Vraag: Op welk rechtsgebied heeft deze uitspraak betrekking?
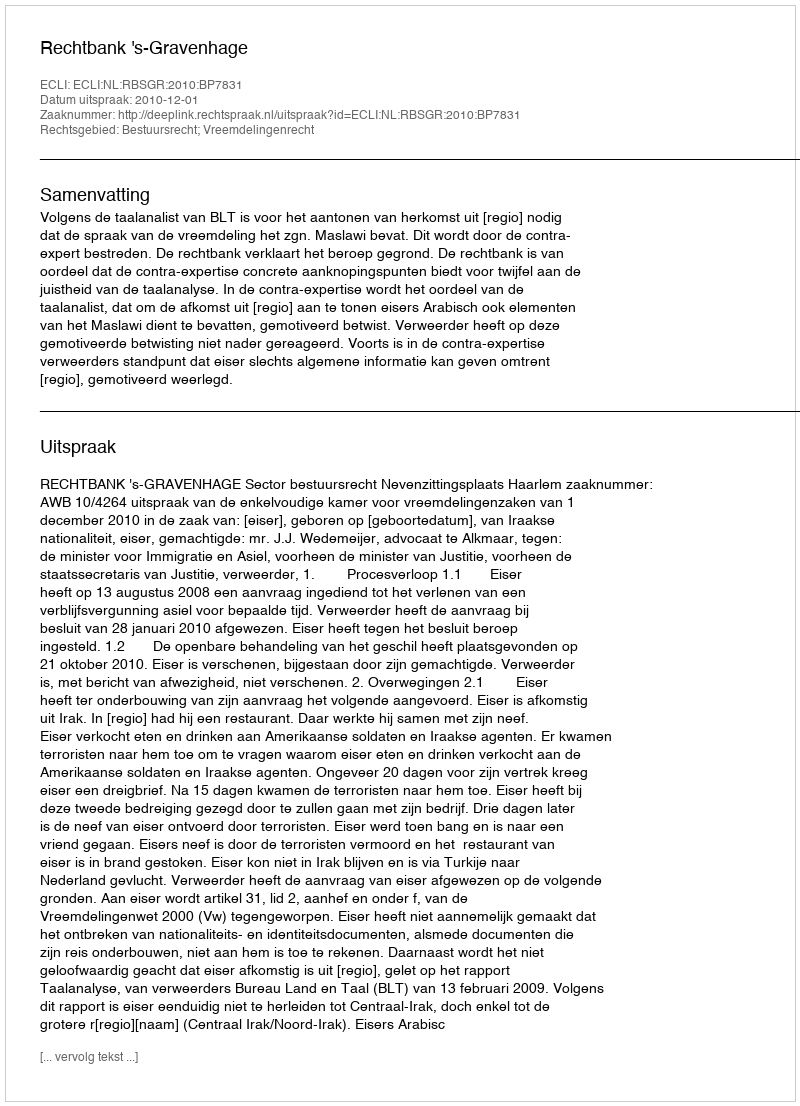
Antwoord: Bestuursrecht; Vreemdelingenrecht